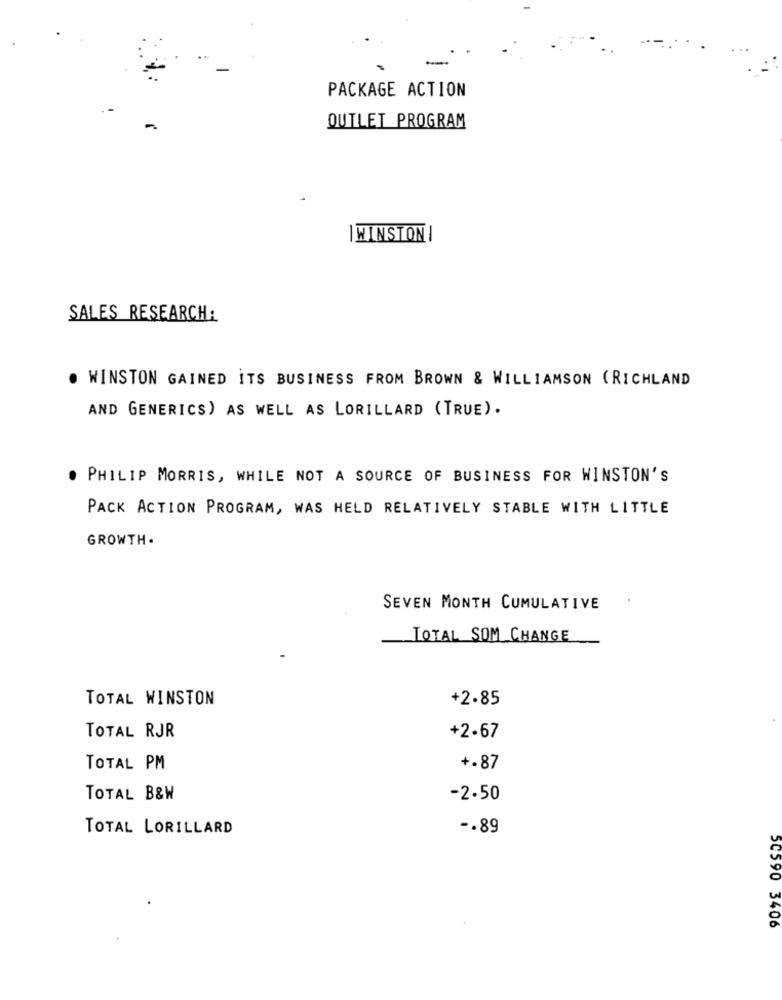
PACKAGE ACTION
-
OUTLET PROGRAM
|WINSTON |
SALES RESEARCH:
. WINSTON GAINED ITS BUSINESS FROM BROWN & WILLIAMSON (RICHLAND
AND GENERICS) AS WELL AS LORILLARD (TRUE).
PHILIP MORRIS, WHILE NOT A SOURCE OF BUSINESS FOR WINSTON'S
PACK ACTION PROGRAM, WAS HELD RELATIVELY STABLE WITH LITTLE
GROWTH .
SEVEN MONTH CUMULATIVE
TOTAL SOM CHANGE
TOTAL WINSTON
+2.85
TOTAL RJR
+2.67
TOTAL PM
+.87
TOTAL B&W
-2.50
TOTAL LORILLARD
-. 89
50590 3406